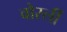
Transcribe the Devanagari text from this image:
वोर्स्ली